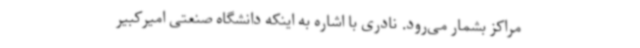
مراکز بشمار می‌رود. نادری با اشاره به اینکه دانشگاه صنعتی امیرکبیر